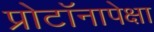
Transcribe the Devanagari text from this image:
प्रोटॉनापेक्षा